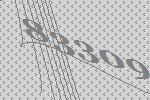
83309